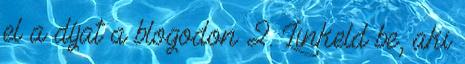
el a díjat a blogodon 2. Linkeld be, aki